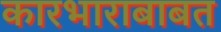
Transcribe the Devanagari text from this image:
कारभाराबाबत